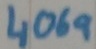
Text: 4069